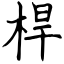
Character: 桿